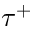
\tau ^ { + }